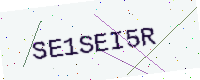
Text: SE1SEI5R